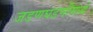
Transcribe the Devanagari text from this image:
जडणघडणीमध्ये